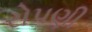
રોપણી